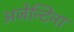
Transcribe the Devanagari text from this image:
अजेन्टिना